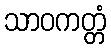
သာဝကတ္တံ